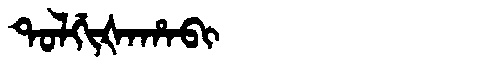
Manchu: ᡨᠣᠯᡤᡳᡧᠠᡥᠠᠪᡳ
Romanization: TOLGIŠAHABI